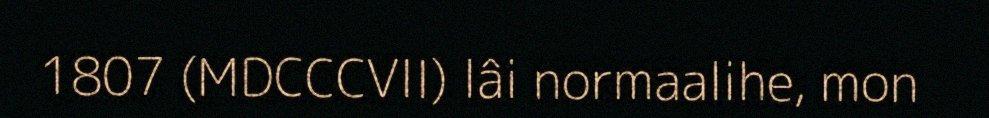
1807 (MDCCCVII) lâi normaalihe, mon